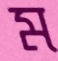
ম